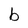
Character: b